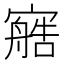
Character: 𰍟